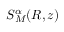
S _ { M } ^ { \alpha } ( R , z )